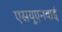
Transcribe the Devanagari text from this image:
एसयूएनवाई